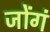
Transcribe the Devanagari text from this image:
जोंगं